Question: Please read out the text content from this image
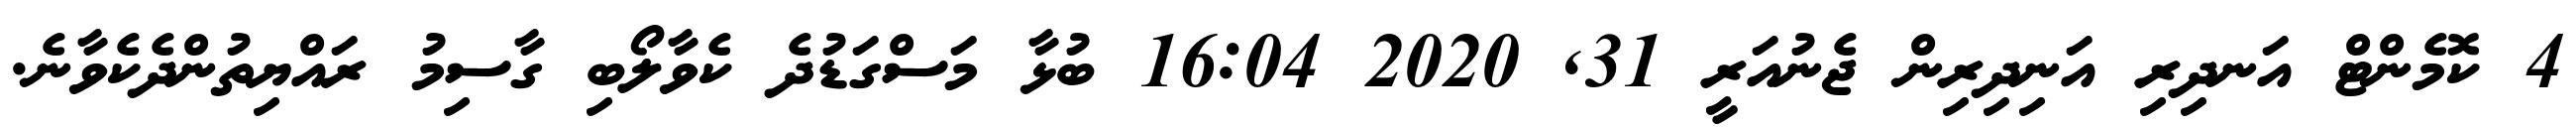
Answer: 4 ކޮމެންޓް އަނދިރި އަނިދިރިން ޖެނުއަރީ 31, 2020 16:04 ބުޅާ މަސްގަޑުދެ ކެވާލޯބި ގާސިމު ރައްޔިތުންދެކެވާނެ.